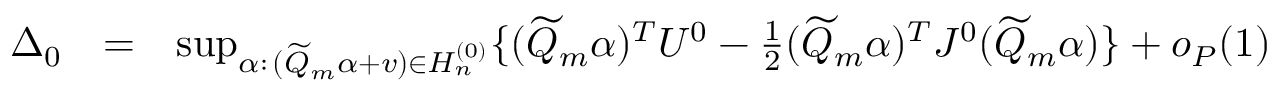
\begin{array} { r l r } { \Delta _ { 0 } } & { = } & { \operatorname* { s u p } _ { \alpha : \, ( \widetilde { Q } _ { m } \alpha + v ) \in H _ { n } ^ { ( 0 ) } } \{ ( \widetilde { Q } _ { m } \alpha ) ^ { T } U ^ { 0 } - \frac { 1 } { 2 } ( \widetilde { Q } _ { m } \alpha ) ^ { T } J ^ { 0 } ( \widetilde { Q } _ { m } \alpha ) \} + o _ { P } ( 1 ) } \end{array}